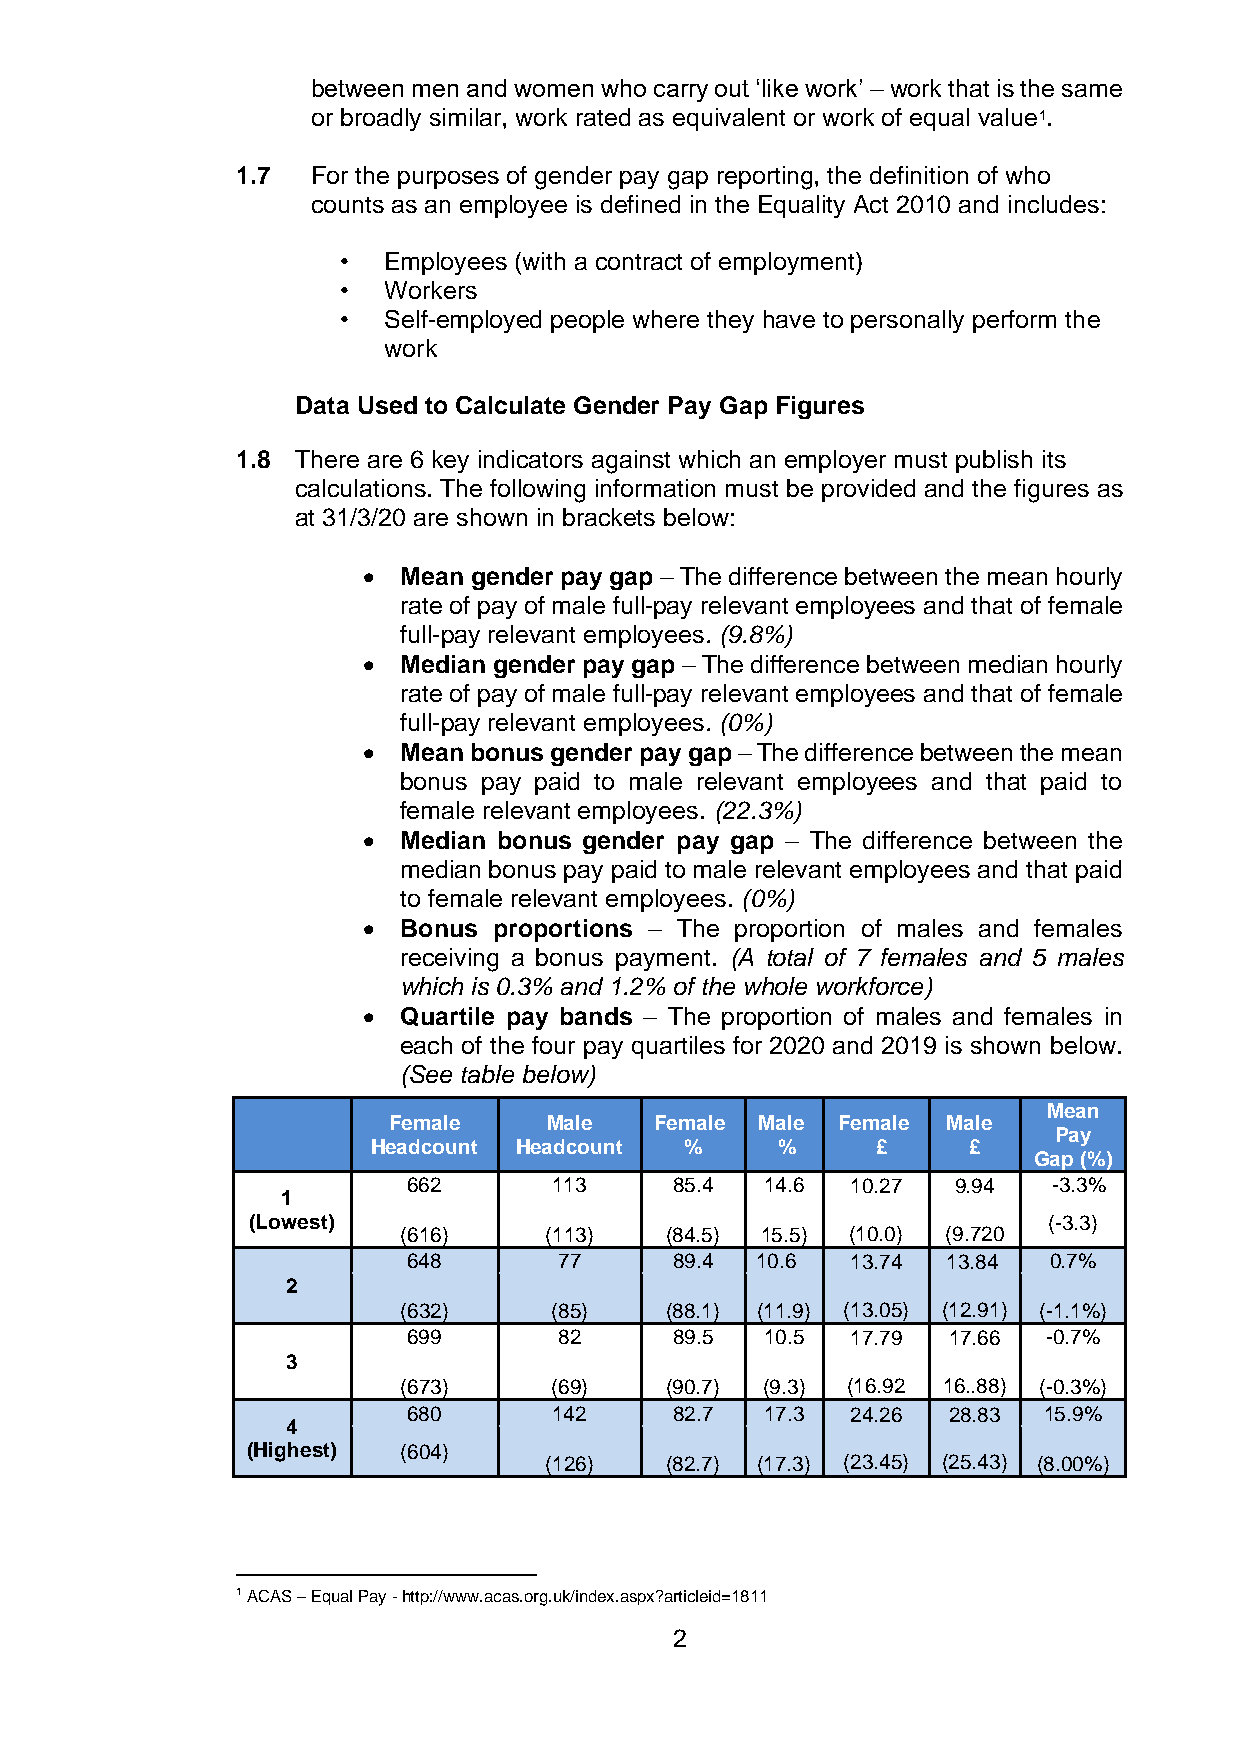
between men and women who carry out ‘like work’ – work that is the same
 or broadly similar, work rated as equivalent or work of equal value1.
 1.7  For the purposes of gender pay gap reporting, the definition of who
 counts as an employee is defined in the Equality Act 2010 and includes:
 •  Employees (with a contract of employment)
 •  Workers
 •  Self-employed people where they have to personally perform the
 work
 Data Used to Calculate Gender Pay Gap Figures
 1.8 There are 6 key indicators against which an employer must publish its
 calculations. The following information must be provided and the figures as
 at 31/3/20 are shown in brackets below:
 • Mean gender pay gap – The difference between the mean hourly
 rate of pay of male full-pay relevant employees and that of female
 full-pay relevant employees. (9.8%)
 • Median gender pay gap – The difference between median hourly
 rate of pay of male full-pay relevant employees and that of female
 full-pay relevant employees. (0%)
 • Mean bonus gender pay gap – The difference between the mean
 bonus pay paid to male relevant employees and that paid to
 female relevant employees. (22.3%)
 • Median bonus gender pay gap – The difference between the
 median bonus pay paid to male relevant employees and that paid
 to female relevant employees. (0%)
 • Bonus  proportions – The proportion of males and females
 receiving a bonus payment. (A total of 7 females and 5 males
 which is 0.3% and 1.2% of the whole workforce)
 • Quartile pay bands – The proportion of males and females in
 each of the four pay quartiles for 2020 and 2019 is shown below.
 (See table below)
 Mean
 Female    Male   Female Male Female  Male
 Pay
 Headcount Headcount %     %      £     £
 Gap (%)
 662       113     85.4  14.6 10.27  9.94   -3.3%
 1
 (Lowest)                                             (-3.3)
 (616)     (113)   (84.5) 15.5) (10.0) (9.720
 648       77      89.4 10.6  13.74  13.84 0.7%
 2
 (632)     (85)    (88.1) (11.9) (13. 05) (12.91) (-1.1%)
 699       82      89.5  10.5 17.79  17.66 -0.7%
 3
 (673)     (69)    (90.7) (9.3) (16.92 16..88) (-0.3%)
 680       142     82.7  17.3 24.26  28.83 15.9%
 4
 (Highest) (604)
 (126)   (82.7) (17.3) (23.45) (25.43) (8.00%)
 1 ACAS – Equal Pay - http://www.acas.org.uk/index.aspx?articleid=1811
 2